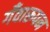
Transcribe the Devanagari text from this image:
गँवारूपन